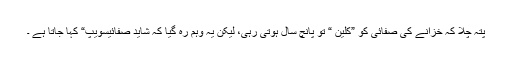
پتہ چلا کہ خزانے کی صفائی کو ”کلین “ تو پانچ سال ہوتی رہی، لیکن یہ وہم رہ گیا کہ شاید صفائیسویپ“ کہا جاتا ہے ۔